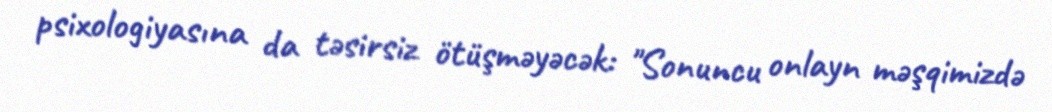
psixologiyasına da təsirsiz ötüşməyəcək: "Sonuncu onlayn məşqimizdə